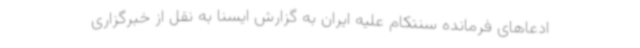
ادعاهای فرمانده سنتکام علیه ایران به گزارش ایسنا به نقل از خبرگزاری